Annual administration report of the Civil Veterinary Department of India - 1897-1898
Year: 1897
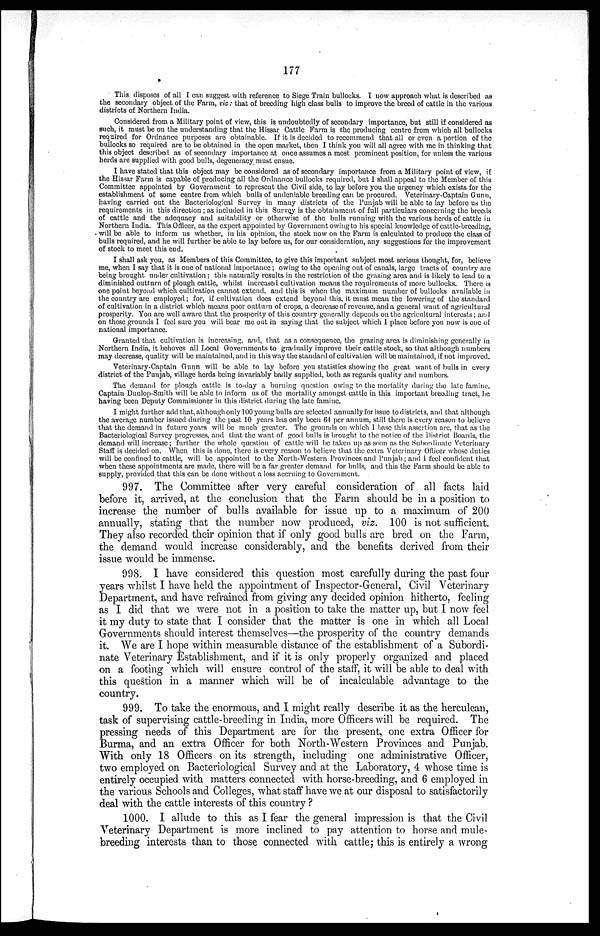
177
This disposes of all I can suggest with reference to Siege Train bullocks. I now approach what is described as
the secondary object of the Farm, viz: that of breeding high class bulls to improve the breed of cattle in the various
districts of Northern India.
Considered from a Military point of view, this is undoubtedly of secondary importance, but still if considered as
such, it must be on the understanding that the Hissar Cattle Farm is the producing centre from which all bullocks
required for Ordnance purposes are obtainable. If it is decided to recommend that all or even a portion of the
bullocks so required are to be obtained in the open market, then I think you will all agree with me in thinking that
this object described as of secondary importance at once assumes a most prominent position, for unless the various
herds are supplied with good bulls, degeneracy must ensue.
I have stated that this object may be considered as of secondary importance from a Military point of view, if
the Hissar Farm is capable of producing all the Ordnance bullocks required, but 1 shall appeal to the Member of this
Committee appointed by Government to represent the Civil side, to lay before you the urgency which exists for the
establishment of some centre from which bulls of undeniable breeding can be procured. Veterinary-Captain Gunn,
having carried out the Bacteriological Survey in many districts of the Punjab will be able to lay before us the
requirements in this direction; as included in this Survey is the obtainment of full particulars concerning the breeds
of cattle and the adequacy and suitability or otherwise of the bulls running with the various herds of cattle in
Northern India. This Officer, as the expert appointed by Government owing to his special knowledge of cattle-breeding,
will be able to inform us whether, in his opinion, the stock now on the Farm is calculated to produce the class of
bulls required, and he will further be able to lay before us, for our consideration, any suggestions for the improvement
of stock to meet this end.
I shall ask you, as Members of this Committee, to give this important subject most serious thought, for, believe
me, when I say that it is one of national importance; owing to the opening out of canals, large tracts of country are
being brought under cultivation; this naturally results in the restriction of the grazing area and is likely to lead to a
diminished outturn of plough cattle, whilst increased cultivation means the requirements of more bullocks. There is
one point beyond which cultivation cannot extend, and this is when the maximum number of bullocks available in
the country are employed; for, if cultivation does extend beyond this, it must mean the lowering of the standard
of cultivation in a district which means poor outturn of crops, a decrease of revenue, and a general want of agricultural
prosperity. You are well aware that the prosperity of this country generally depends on the agricultural interests; and
on these grounds I feel sure you will bear me out in saying that the subject which I place before you now is one of
national importance.
Granted that cultivation is increasing, and, that as a consequence, the grazing area is diminishing generally in
Northern India, it behoves all Local Governments to gradually improve their cattle stock, so that although numbers
may decrease, quality will be maintained, and in this way the standard of cultivation will be maintained, if not improved.
Veterinary-Captain Gunn will be able to lay before you statistics showing the great want of bulls in every
district of the Punjab, village herds being invariably badly supplied, both as regards quality and numbers.
The demand for plough cattle is to-day a burning question owing to the mortality during the late famine.
Captain Dunlop-Smith will be able to inform us of the mortality amongst cattle in this important breeding tract, he
having been Deputy Commissioner in this district during the late famine.
I might further add that, although only 100 young bulls are selected annually for issue to districts, and that although
the average number issued during the past 10 years has only been 64 per annum, still there is every reason to believe
that the demand in future years will be much greater. The grounds on which I base this assertion are, that as the
Bacteriological Survey progresses, and that the want of good bulls is brought to the notice of the District Boards, the
demand will increase; further the whole question of cattle will be taken up as soon as the Subordinate Veterinary
Staff is decided on. When this is done, there is every reason to believe that the extra Veterinary Officer whose duties
will be confined to cattle, will be appointed to the North-Western Provinces and Punjab; and 1 feel confident that
when these appointments are made, there will be a far greater demand for bulls, and this the Farm should be able to
supply, provided that this can be done without a loss accruing to Government.
997. The Committee after very careful consideration of all facts laid
before it, arrived, at the conclusion that the Farm should be in a position to
increase the number of bulls available for issue up to a maximum of 200
annually, stating that the number now produced, viz. 100 is not sufficient.
They also recorded their opinion that if only good bulls are bred on the Farm,
the demand would increase considerably, and the benefits derived from their
issue would be immense.
998. I have considered this question most carefully during the past four
years whilst I have held the appointment of Inspector-General, Civil Veterinary
Department, and have refrained from giving any decided opinion hitherto, feeling
as I did that we were not in a position to take the matter up, but I now feel
it my duty to state that I consider that the matter is one in which all Local
Governments should interest themselves—the prosperity of the country demands
it. We are I hope within measurable distance of the establishment of a Subordi-
nate Veterinary Establishment, and if it is only properly organized and placed
on a footing which will ensure control of the staff, it will be able to deal with
this question in a manner which will be of incalculable advantage to the
country.
999. To take the enormous, and I might really describe it as the herculean,
task of supervising cattle-breeding in India, more Officers will be required. The
pressing needs of this Department are for the present, one extra Officer for
Burma, and an extra Officer for both North-Western Provinces and Punjab.
With only 18 Officers on its strength, including one administrative Officer,
two employed on Bacteriological Survey and at the Laboratory, 4 whose time is
entirely occupied with matters connected with horse-breeding, and 6 employed in
the various Schools and Colleges, what staff have we at our disposal to satisfactorily
deal with the cattle interests of this country?
1000. I allude to this as I fear the general impression is that the Civil
Veterinary Department is more inclined to pay attention to horse and mule-
breeding interests than to those connected with cattle; this is entirely a wrong